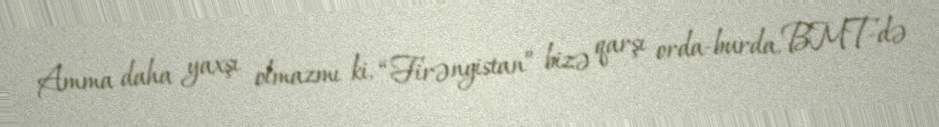
Amma daha yaxşı olmazmı ki, “Firəngistan” bizə qarşı orda-burda, BMT-də